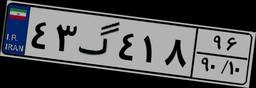
۴۳گ۴۱۸۹۶